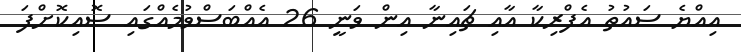
އިއްޔެ ސައުތު އެފްރިކާ އާއި ޗައިނާ އިން ވަނީ 26 އެއްބަސްވުމެއްގައި ސޮއިކޮށްފަ